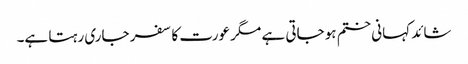
شائد کہانی ختم ہو جاتی ہے مگر عورت کا سفر جاری رہتا ہے۔